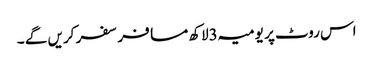
اس روٹ پر یومیہ 3لاکھ مسافر سفر کریں گے ۔